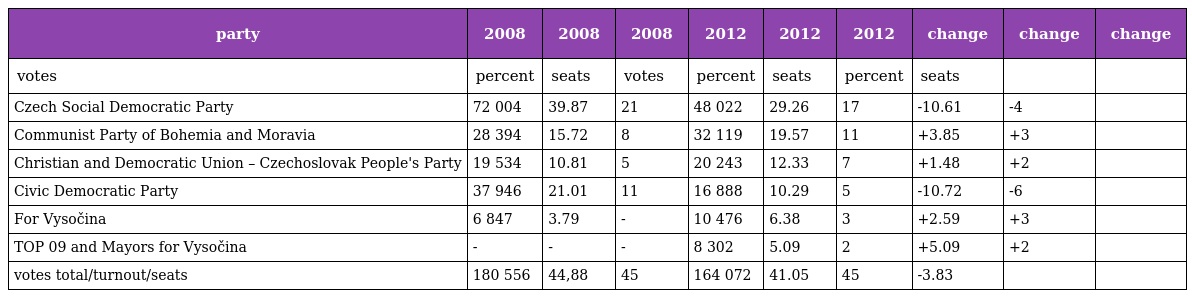
| party | 2008 | 2008 | 2008 | 2012 | 2012 | 2012 | change | change | change |
 | --- | --- | --- | --- | --- | --- | --- | --- | --- | --- |
 | votes | percent | seats | votes | percent | seats | percent | seats |  |  |
 | Czech Social Democratic Party | 72 004 | 39.87 | 21 | 48 022 | 29.26 | 17 | -10.61 | -4 |  |
 | Communist Party of Bohemia and Moravia | 28 394 | 15.72 | 8 | 32 119 | 19.57 | 11 | +3.85 | +3 |  |
 | Christian and Democratic Union – Czechoslovak People's Party | 19 534 | 10.81 | 5 | 20 243 | 12.33 | 7 | +1.48 | +2 |  |
 | Civic Democratic Party | 37 946 | 21.01 | 11 | 16 888 | 10.29 | 5 | -10.72 | -6 |  |
 | For Vysočina | 6 847 | 3.79 | - | 10 476 | 6.38 | 3 | +2.59 | +3 |  |
 | TOP 09 and Mayors for Vysočina | - | - | - | 8 302 | 5.09 | 2 | +5.09 | +2 |  |
 | votes total/turnout/seats | 180 556 | 44,88 | 45 | 164 072 | 41.05 | 45 | -3.83 |  |  |